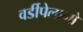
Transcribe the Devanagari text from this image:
वर्डीपेलागो